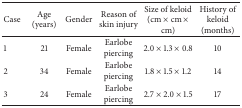
| Case | Age (years) | Gender | Reason of skin injury | Size of keloid (cm × cm × cm) | History of keloid (months) |
 | --- | --- | --- | --- | --- | --- |
 | 1 | 21 | Female | Earlobe piercing | 2.0 × 1.3 × 0.8 | 10 |
 | 2 | 34 | Female | Earlobe piercing | 1.8 × 1.5 × 1.2 | 14 |
 | 3 | 24 | Female | Earlobe piercing | 2.7 × 2.0 × 1.5 | 17 |